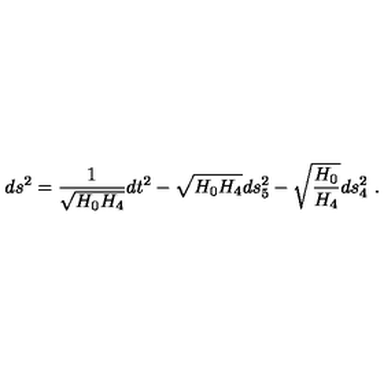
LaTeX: d s ^ { 2 } = \frac { 1 } { \sqrt { H _ { 0 } H _ { 4 } } } d t ^ { 2 } - \sqrt { H _ { 0 } H _ { 4 } } d s _ { 5 } ^ { 2 } - \sqrt { \frac { H _ { 0 } } { H _ { 4 } } } d s _ { 4 } ^ { 2 } \ .